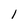
Character: l